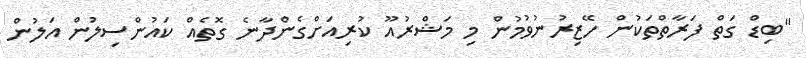
"ބިޑް ގަތް ފަރާތްތަކުން ހޭޒިރުނުވުމުން މި މަޝްރުއޫ ކުރިއަށްގެންދާނެ ގޮތެއް ކައުންސިލުން އަލުން